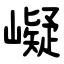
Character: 㠜